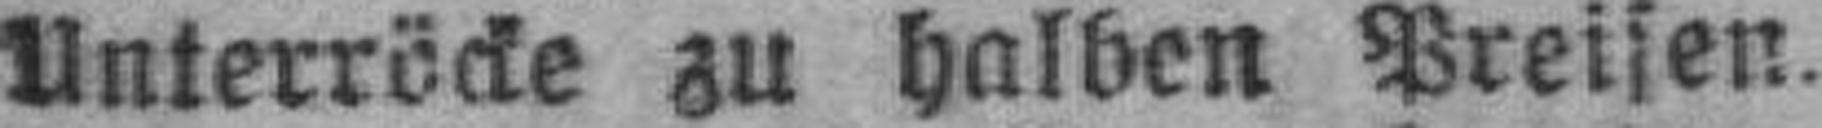
Unterröcke zu halben Preisen.